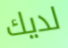
لديك